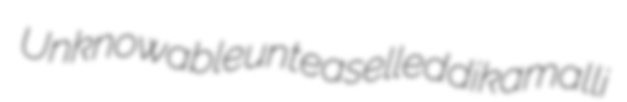
Unknowable unteaselled dikamalli